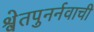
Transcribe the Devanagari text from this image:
श्वेतपुनर्नवाची